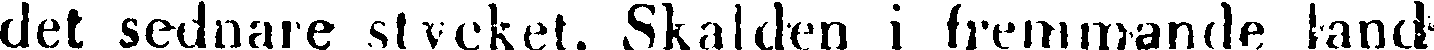
det sednare stycket. Skalden i fremmande land